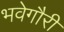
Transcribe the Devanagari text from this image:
भवेगौरी